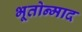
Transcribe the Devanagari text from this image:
भूतोन्माद